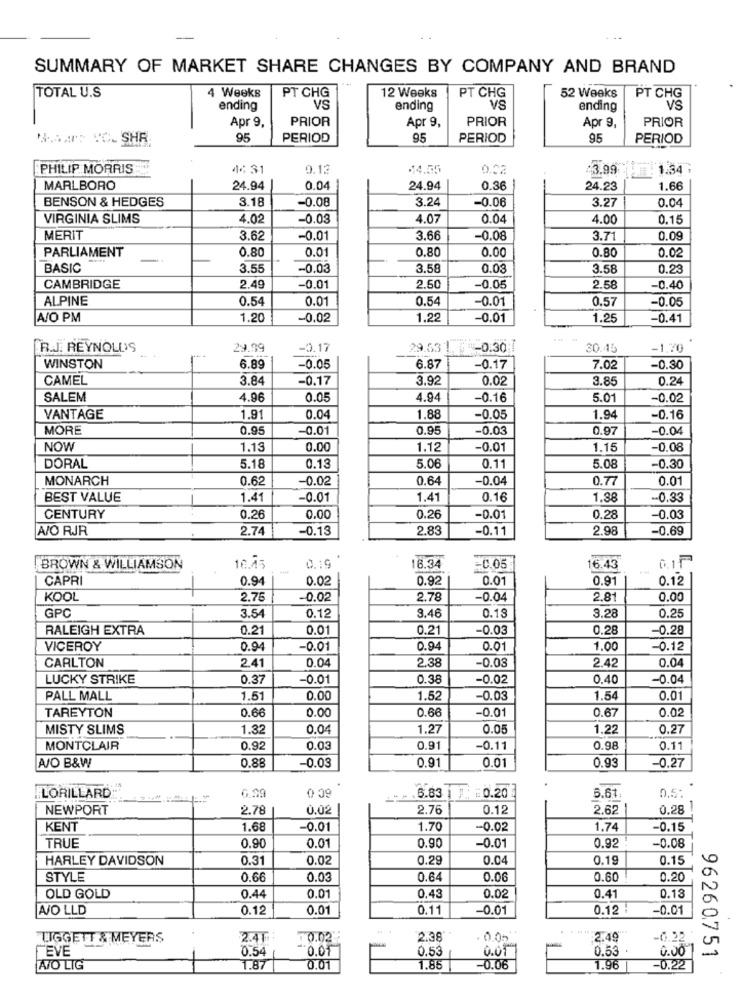
SUMMARY OF MARKET SHARE CHANGES BY COMPANY AND BRAND
TOTAL U.S
4 Weeks
12 Weeks
PT CHG
PT CHG
52 Weeks
PT CHG
ending
VS
ending
VS
ending
vš
Apr 9,
PRIOR
Apr 9,
PRIOR
Apr 9,
PRIOR
B .: "C_SHR
95
PERIOD
95
PERIOD
95
PERIOD
PHILIP MORRIS
44 31
0.12
14.55
0.02
3.99 1.34
MARLBORO
24.94
0.04
24.94
0.36
24.23
1.66
BENSON & HEDGES
3.18
-0.08
3.24
-0.06
3.27
0.04
VIRGINIA SLIMS
4.02
-0.03
1.07
0.04
4.00
0.15
MERIT
3.62
-0.01
3.66
-0.08
3.71
0.09
PARLIAMENT
0.80
0.01
0.80
0.00
0.80
0.02
BASIC
3.55
-0.03
3.58
0.03
3.58
0.29
CAMBRIDGE
2.49
-0.01
2.50
-0.05
2.58
-0.40
ALPINE
0.54
0.01
0.5
-0.01
0.57
-0.05
A/O PM
1.20
-0.02
1.22
-0.01
1.25
-0.41
R.J. REYNOLDS
29.99
-0.17
29.53 L
-0.30;7
30.45
-1,70
WINSTON
6.89
-0.05
6.87
-0.17
7.02
-0.30
CAMEL
3.84
-0.17
3.92
0.02
3.85
0.24
SALEM
4.96
0.05
4.94
-0.16
5.01
-0.02
VANTAGE
1.91
0.04
1.88
-0.05
1.94
-0.16
MORE
0.95
-0.01
0.9!
-0.03
0.97
-0.04
NOW
1.13
0.00
1.12
-0.01
1.15
-0.08
DORAL
5.18
0.13
5.06
0.11
5.08
-0.30
MONARCH
0.62
-0.02
0.6
-0.04
0.7
0.01
BEST VALUE
1.41
-0.01
1.4º
0.16
1.88
-0.33
CENTURY
0.26
0.00
0.26
-0.01
0.28
-0.03
A/O RJR
2.74
-0.13
2.83
-0.11
2.98
-0.69
BROWN & WILLIAMSON
16.45
0.19
18.34
-0.05
16.43
CAPRI
0.94
0.02
0.92
0.01
0.91
0.12
KOOL
2.75
-0.02
2.78
-0.04
2.8
0.00
GPC
3.54
0.12
0.18
3.28
0.25
3.46
RALEIGH EXTRA
0.21
0.01
0.21
-0.03
0.28
-0.28
VICEROY
0.94
-0.01
0.9
0.0
1.00
-0.12
2.41
-0.03
2.42
0.04
CARLTON
0.04
2.38
LUCKY STRIKE
0.37
-0.01
0.38
-0.02
0.40
-0.04
PALL MALL
1.51
0.00
1.52
-0.03
1.54
0.01
0.66
0.00
0.66
-0.01
0.6
0.02
TAREYTON
MISTY SLIMS
1.32
0.04
1.27
0.05
1.22
0.27
MONTCLAIR
0.92
0.03
0.9
-0.11
0.98
0.11
0.88
-0.03
0.91
0.93
-0.27
A/O B&W
0.01
6.39
0 09
6.83 ) =0.20
LORILLARD
5.61.
0.5:
NEWPORT
2.78
0.02
2.76
0.12
2.62
0.28 !
KENT
1.68
-0.01
1.70
-0.02
1.74
-0.15
TRUE
0.90
0.01
0.90
-0.01
0.92
-0.08
HARLEY DAVIDSON
0.31
0.02
0.29
0.04
0.19
0.15
STYLE
0.66
0.03
0.64
0.06
0.60
0.20
OLD GOLD
0.44
0.01
0.43
0.02
0.41
0.18
A/O LLD
0.12
0.01
0.11
-0.01
0.12
-0.01
LIGGETT & MEYERS
2.41
7 0.02
2.38
. 0.05"
:2.49
-0.22
EVE
0.54
0.01
0.53
0.53
0.00
96260751
A/O LIG
1.87
0.01
1.86
-0.06
1.96
-0.22